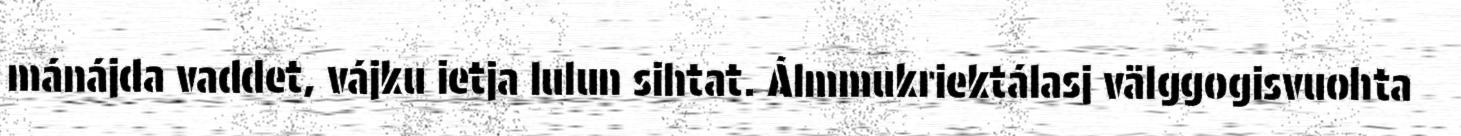
mánájda vaddet, vájku ietja lulun sihtat. Álmmukriektálasj välggogisvuohta